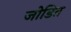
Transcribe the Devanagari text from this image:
जोडित